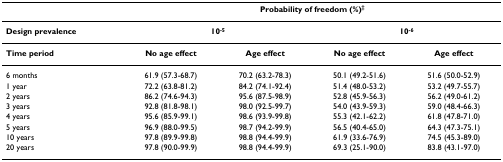
<table><thead><tr><td></td><td colspan="4"><b>Probability of freedom (%)<sup>‡</sup></b></td></tr></thead><tbody><tr><td><b>Design prevalence</b></td><td colspan="2"><b>10<sup>-5</sup></b></td><td colspan="2"><b>10<sup>-6</sup></b></td></tr><tr><td><b>Time period</b></td><td><b>No age effect</b></td><td><b>Age effect</b></td><td><b>No age effect</b></td><td><b>Age effect</b></td></tr><tr><td>6 months</td><td>61.9 (57.3-68.7)</td><td>70.2 (63.2-78.3)</td><td>50.1 (49.2-51.6)</td><td>51.6 (50.0-52.9)</td></tr><tr><td>1 year</td><td>72.2 (63.8-81.2)</td><td>84.2 (74.1-92.4)</td><td>51.4 (48.0-53.2)</td><td>53.2 (49.7-55.7)</td></tr><tr><td>2 years</td><td>86.2 (74.6-94.3)</td><td>95.6 (87.5-98.9)</td><td>52.8 (45.9-56.3)</td><td>56.2 (49.0-61.2)</td></tr><tr><td>3 years</td><td>92.8 (81.8-98.1)</td><td>98.0 (92.5-99.7)</td><td>54.0 (43.9-59.3)</td><td>59.0 (48.4-66.3)</td></tr><tr><td>4 years</td><td>95.6 (85.9-99.1)</td><td>98.6 (93.9-99.8)</td><td>55.3 (42.1-62.2)</td><td>61.8 (47.8-71.0)</td></tr><tr><td>5 years</td><td>96.9 (88.0-99.5)</td><td>98.7 (94.2-99.9)</td><td>56.5 (40.4-65.0)</td><td>64.3 (47.3-75.1)</td></tr><tr><td>10 years</td><td>97.8 (89.9-99.8)</td><td>98.8 (94.4-99.9)</td><td>61.9 (33.6-76.9)</td><td>74.5 (45.3-89.0)</td></tr><tr><td>20 years</td><td>97.8 (90.0-99.9)</td><td>98.8 (94.4-99.9)</td><td>69.3 (25.1-90.0)</td><td>83.8 (43.1-97.0)</td></tr></tbody></table>